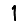
Digit: 1